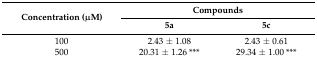
<table><thead><tr><td rowspan="2"><b>Concentration (μM)</b></td><td colspan="2"><b>Compounds</b></td></tr><tr><td><b>5a</b></td><td><b>5c</b></td></tr></thead><tbody><tr><td>100</td><td>2.43 ± 1.08</td><td>2.43 ± 0.61</td></tr><tr><td>500</td><td>20.31 ± 1.26 ***</td><td>29.34 ± 1.00 ***</td></tr></tbody></table>